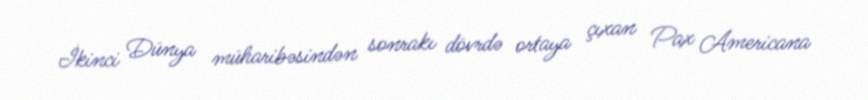
İkinci Dünya müharibəsindən sonrakı dövrdə ortaya çıxan Pax Americana